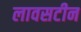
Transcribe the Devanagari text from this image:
लावसटीन